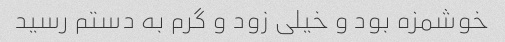
خوشمزه بود و خیلی زود و گرم به دستم رسید